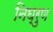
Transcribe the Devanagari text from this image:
निघ्रुण